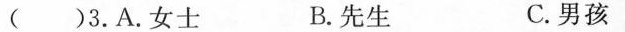
( )3.A.女士 B.先生 C.男孩